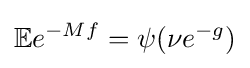
\mathbb {E} e^{-Mf}=\psi (\nu e^{-g})